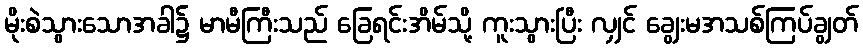
မိုးစဲသွားသောအခါ၌ မာမီကြီးသည် ခြေရင်းအိမ်သို့ ကူးသွားပြီး လျှင် ချွေးမအသစ်ကြပ်ချွတ်